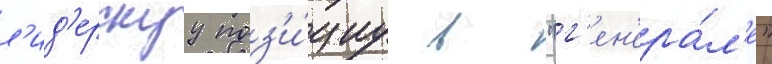
л'ид'ерскуу поз'и́циу в "г'ен'ера́л'е"